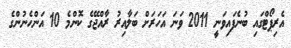
އެރިޕޯޓްގައި ބުނެފައިވަނީ 2011 ވަނަ އަހަރަށް ބަލާއިރު ރާއްޖޭގެ ކޮންމެ 10 އަންހެނުންގެ